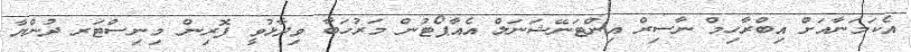
އެކަމަނާއަށް އިބްރާހިމް ނާސިރް އިންޓަނޭޝަނަލް އެއާޕޯޓުން މަރުހަބާ ވިދާޅުވީ ފޮރިން މިނިސްޓަރ ދުންޔާ